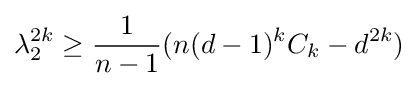
\lambda _{2}^{2k}\geq {\frac {1}{n-1}}(n(d-1)^{k}C_{k}-d^{2k})